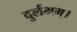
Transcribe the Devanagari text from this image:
दुर्लभम्।